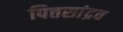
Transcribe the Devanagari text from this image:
पित्तसांद्रव